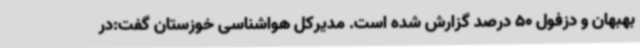
بهبهان و دزفول 50 درصد گزارش شده است. مدیرکل هواشناسی خوزستان گفت:در